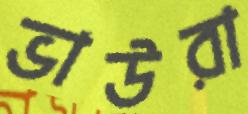
ভাউরা